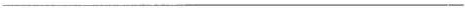
___